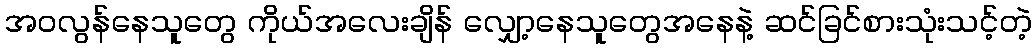
အဝလွန်နေသူတွေ ကိုယ်အလေးချိန် လျှော့နေသူတွေအနေနဲ့ ဆင်ခြင်စားသုံးသင့်တဲ့